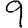
Digit: 9